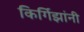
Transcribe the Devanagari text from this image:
किर्गिझांनी